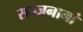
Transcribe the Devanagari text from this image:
सज्जनानां